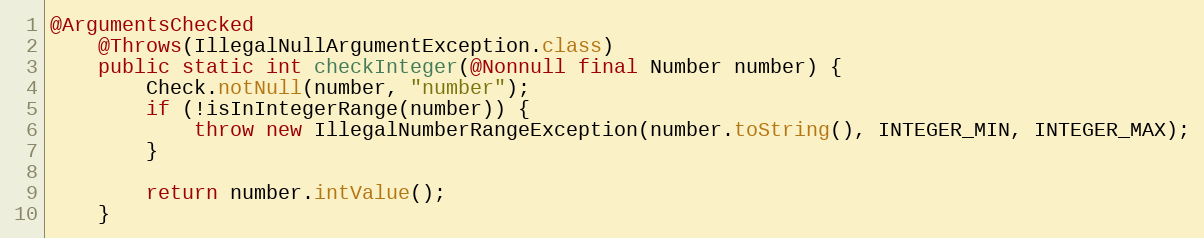
Language: Java
@ArgumentsChecked
	@Throws(IllegalNullArgumentException.class)
	public static int checkInteger(@Nonnull final Number number) {
		Check.notNull(number, "number");
		if (!isInIntegerRange(number)) {
			throw new IllegalNumberRangeException(number.toString(), INTEGER_MIN, INTEGER_MAX);
		}

		return number.intValue();
	}